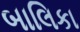
બાલિકા